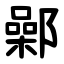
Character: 鄵